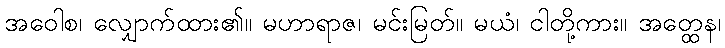
အဝေါစ၊ လျှောက်ထား၏။ မဟာရာဇ၊ မင်းမြတ်။ မယံ၊ ငါတို့ကား။ အတ္ထေန၊